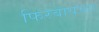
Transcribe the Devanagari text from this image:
फिरवायच्या